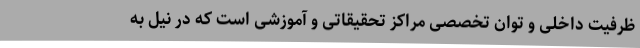
ظرفیت داخلی و توان تخصصی مراکز تحقیقاتی و آموزشی است که در نیل به